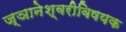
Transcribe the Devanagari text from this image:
ज्ञानेश्वरीविषयक